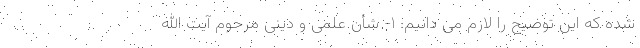
شده که این توضیح را لازم می دانیم: ۱- شأن علمی و دینی مرحوم آیت الله